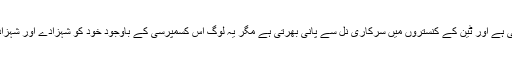
مانگ کر کھاتی ہے اور ٹین کے کنستروں میں سرکاری نل سے پانی بھرتی ہے مگر یہ لوگ اس کَسمَپْرسی کے باوجود خود کو شہزادے اور شہزادیاں کہتے ہیں۔